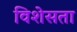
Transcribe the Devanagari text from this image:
विशेसता